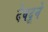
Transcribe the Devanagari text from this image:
देवदूने